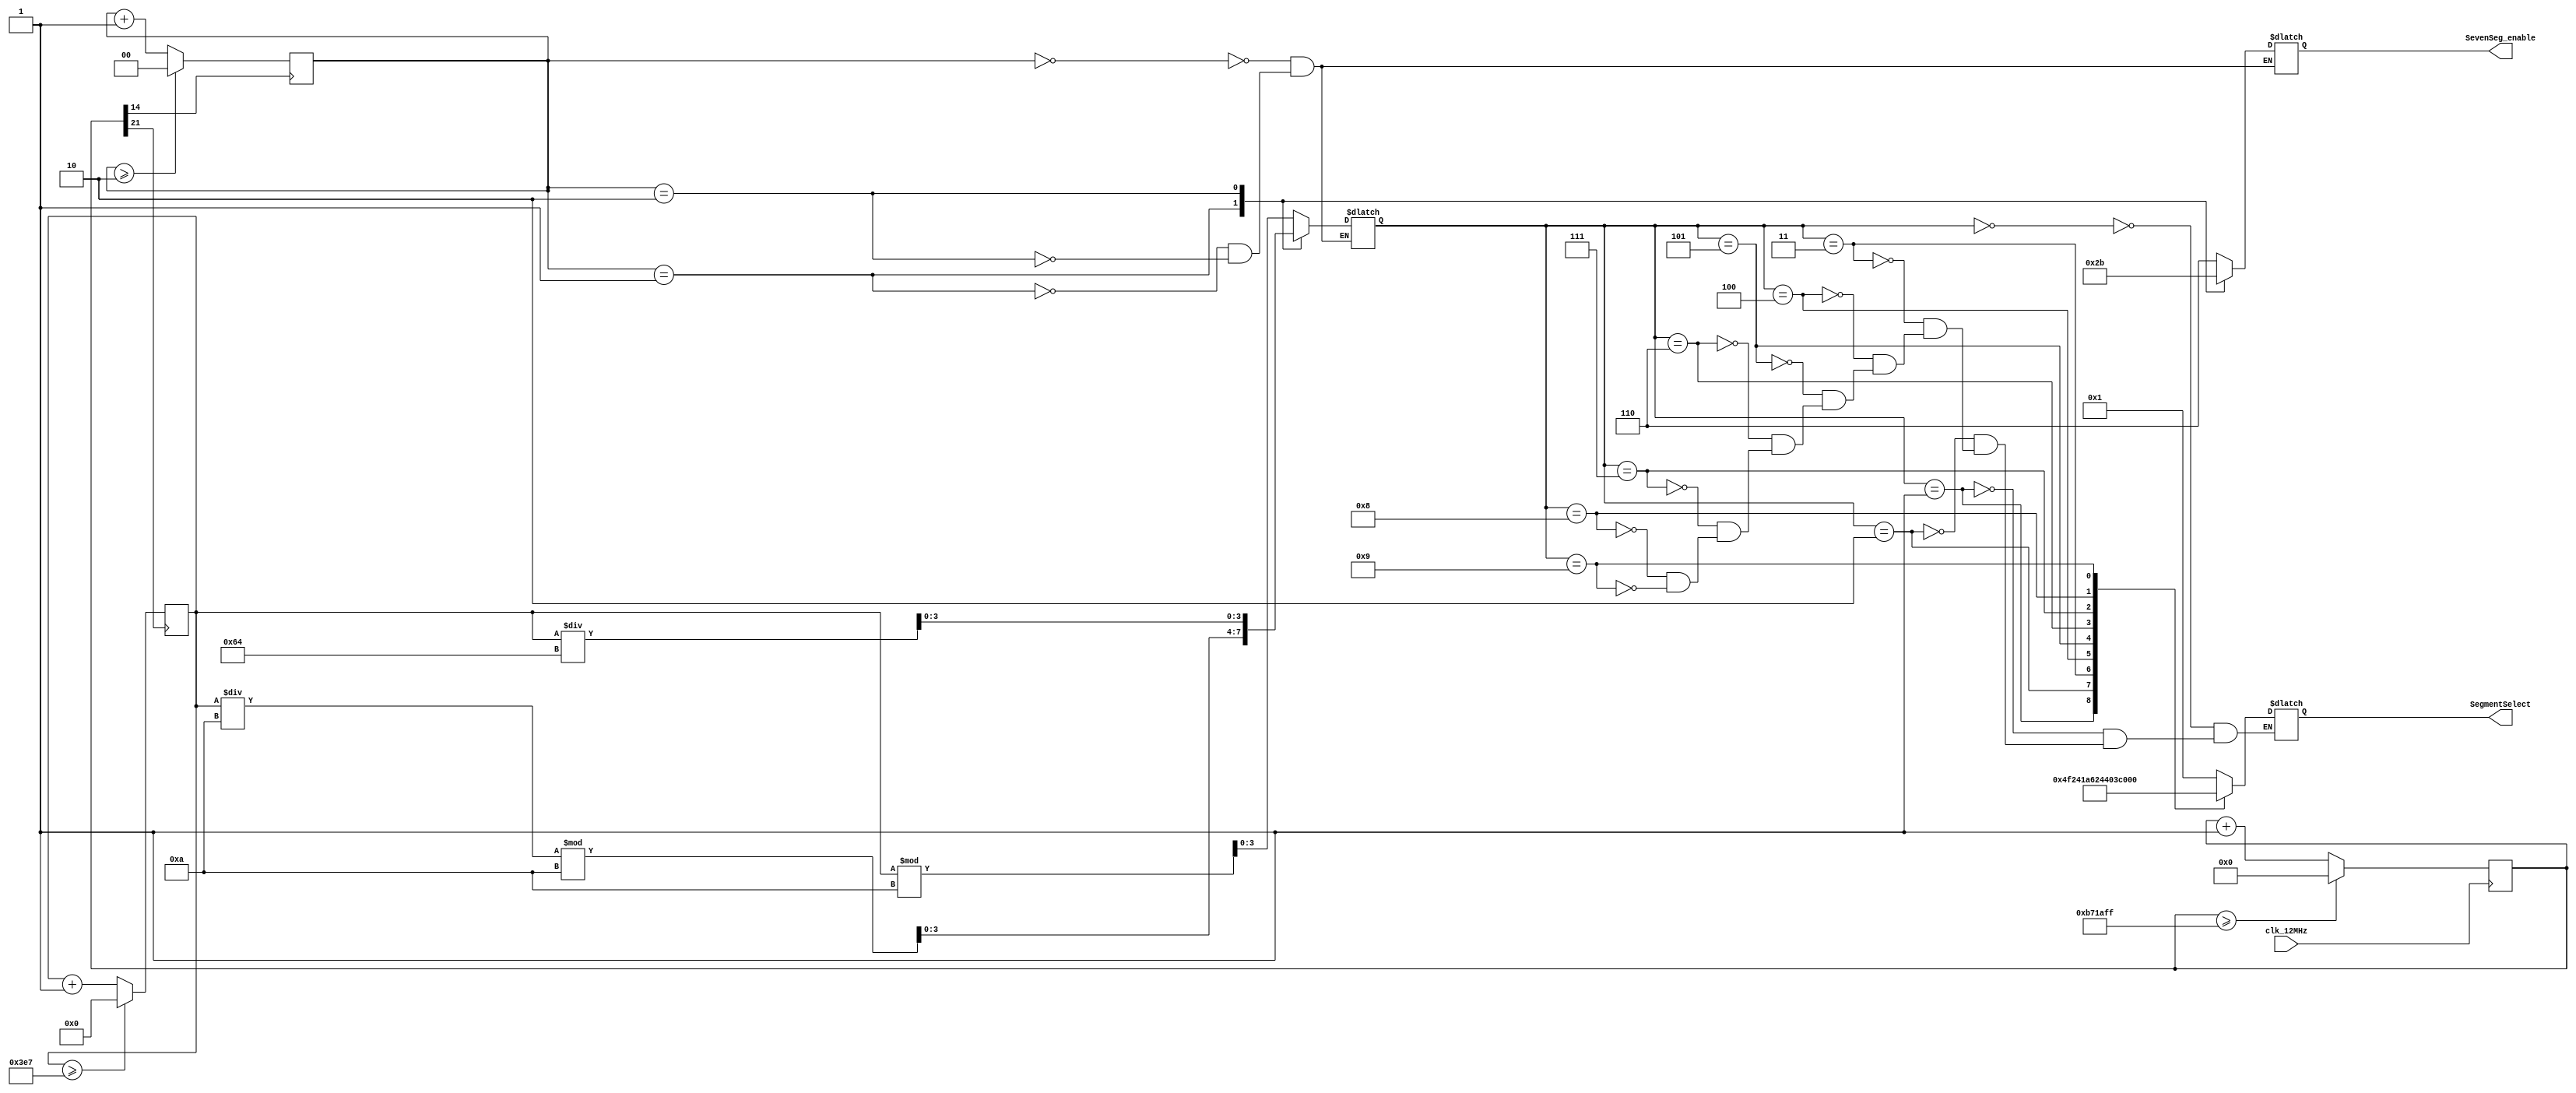

module Seven_seg_disp(
				input wire clk_12MHz,
				output reg [2:0] SevenSeg_enable, 
				output reg [6:0] SegmentSelect
				);
		
		reg [23:0]	counter;	//counter for reducing clock frequency
		reg [9:0] 	displayed_number;//number to display
		reg [1:0]	led_activating_counter;
		reg [3:0]	bcd_digit;
		
		always @(posedge clk_12MHz)
		begin
			if(counter >=11999999)
				counter<=0;
			else
				counter<=counter+1;
		end
		
		always @(posedge counter[21])
		begin
			if(displayed_number >=999)
				displayed_number<=0;
			else
				displayed_number<=displayed_number+1;
		end
		
		
		always @(posedge counter[14])
		begin
			if(led_activating_counter>=2)
				led_activating_counter<=0;
			else
				led_activating_counter<=led_activating_counter+1;
		end
		
		always @(*)
		begin
		
		case(led_activating_counter)
		2'b00:begin
				SevenSeg_enable=3'b110;	//enable at LOW
				bcd_digit=(displayed_number%10);// digit at unit position
				end
		2'b01:begin
				SevenSeg_enable=3'b101;
				bcd_digit=((displayed_number/10)%10);// digit at ten position
				end
		2'b10:begin
				SevenSeg_enable=3'b011;
				bcd_digit=displayed_number/100;// digit at hundred position
				end
		endcase
		end
		
		always @(*)
		begin
			case(bcd_digit)
			4'b0000: SegmentSelect = 7'b0000001; // "0"     
			4'b0001: SegmentSelect = 7'b1001111; // "1" 
			4'b0010: SegmentSelect = 7'b0010010; // "2" 
			4'b0011: SegmentSelect = 7'b0000110; // "3" 
			4'b0100: SegmentSelect = 7'b1001100; // "4" 
			4'b0101: SegmentSelect = 7'b0100100; // "5" 
			4'b0110: SegmentSelect = 7'b0100000; // "6" 
			4'b0111: SegmentSelect = 7'b0001111; // "7" 
			4'b1000: SegmentSelect = 7'b0000000; // "8"     
			4'b1001: SegmentSelect = 7'b0000100; // "9" 
        endcase
			
		end
		
endmodule